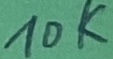
Text: 10K